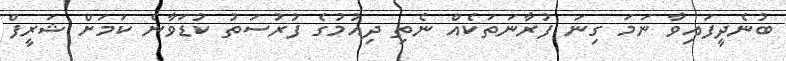
ބުނެދީފައިވާ ނަމަ ގިނަ ފުރާނަތަކެއް ނެތި ދިއުމުގެ ފުރުސަތު ކުޑަވާނެ ކަމަށް ޝަރީފް